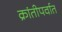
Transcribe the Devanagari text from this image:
क्रांतीपर्वात